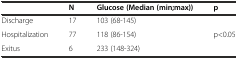
<table><thead><tr><td></td><td><b>N</b></td><td><b>Glucose (Median (min;max))</b></td><td><b>p</b></td></tr></thead><tbody><tr><td>Discharge</td><td>17</td><td>103 (68-145)</td><td rowspan="3">p&lt;0.05</td></tr><tr><td>Hospitalization</td><td>77</td><td>118 (86-154)</td></tr><tr><td>Exitus</td><td>6</td><td>233 (148-324)</td></tr></tbody></table>